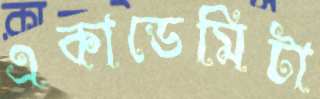
একাডেমিটা